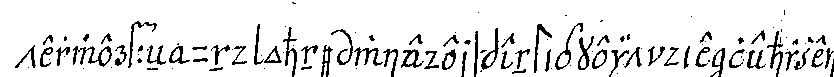
terwerffeN und ohne wiederspenstigkeit die lehrzeit